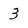
Character: 3